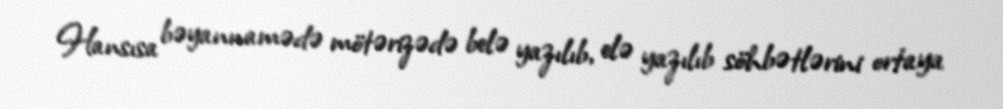
Hansısa bəyannamədə mötərizədə belə yazılıb, elə yazılıb söhbətlərini ortaya